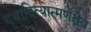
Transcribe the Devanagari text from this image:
यथादित्यान्मणेश्चैव